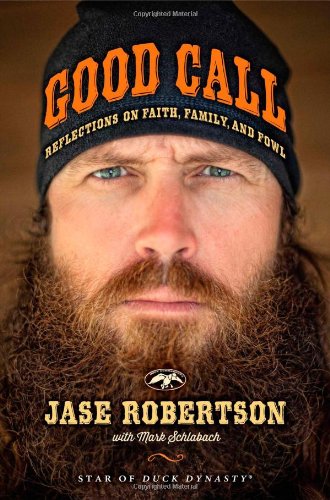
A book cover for Good Call: Reflections on Faith, Family, and Fowl; Jase Robertson; Biographies & Memoirs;